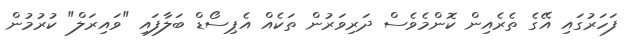
ފަހަރުގައި އޭގެ ތެރެއިން ކޮންމެވެސް ދަރިވަރުން ތަކެއް އެޕިސޯޑް ބަލާފައި "ވައިރަލް" ކުރުމުން